Vaccine operations Central Provinces & Berar 1912-1920 - 1912-1920
Year: 1912
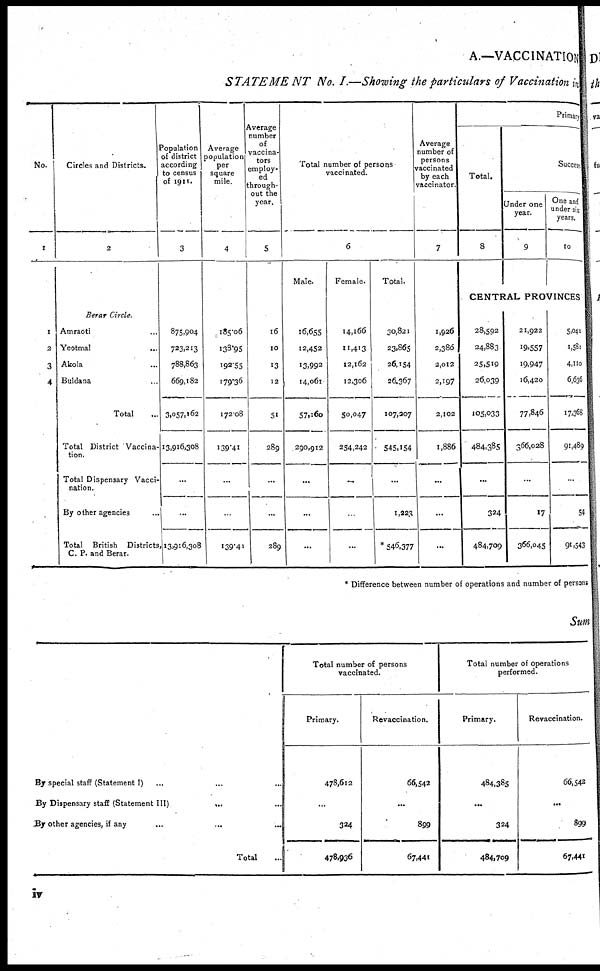
A.—VACCINATION
STATEMENT
No. I.—Showing the particulars of Vaccination in
No.
1
1
2
3
4
Circles and Districts.
2
Berar Circle.
Amraoti ...
Yeotmal
...
Akola ...
Buldana ...
Total ...
Total District Vaccina-
tion.
Total Dispensary Vacci-
nation.
By other agencies ...
Total British Districts,
C. P. and Berar.
Population
of district
according
to census
of 1911.
3
875,904
723,213
788,863
669,182
3,057,162
13,916,308
...
...
13,916,308
Average
population
per
square
mile
4
185.06
138.95
192.55
179.36
172.08
139.41
...
...
139.41
Average
number
of
vaccina-
tors
employ-
ed
through-
out the
year.
5
16
10
13
12
51
289
...
...
289
Total number of persons
vaccinated.
6
Male.
16,655
12,452
13,992
14,061
57,160
290,912
...
...
...
Female.
14,166
11,413
12,162
12,306
50,047
254,242
...
...
...
Total.
30,821
23,865
26,154
26,367
107,207
545,154
...
1,223
* 546,377
Average
number of
persons
vaccinated
by each
vaccinator.
7
1,926
2,386
2,012
2,197
2,102
1,886
...
...
...
Primary
Total.
8
Success.
Under one
year.
9
One and
under six
years.
10
CENTRAL PROVINCES
28,592
24,883
25,519
26,039
105,033
484,385
...
324
484,709
21,922
19,557
19,947
16,420
77,846
366,028
...
17
366,045
5,041
1,581
4,110
6,636
17,368
91,489
...
54
91,543
* Difference between number of operations and number of persons
Sum
By special staff (Statement I) ... ... ...
By Dispensary staff (Statement III)
...
...
By other agencies, if any
...
...
...
Total ...
Total number of persons
vaccinated.
Primary.
478,612
...
324
478,936
Revaccination.
66,542
...
899
67,441
Total number of operations
performed.
Primary.
484,385
...
324
484,709
Revaccination.
66,542
...
899
67,441
iv